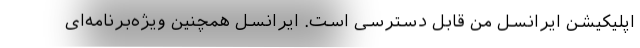
اپلیکیشن ایرانسل من قابل دسترسی است. ایرانسل همچنین ویژه‌برنامه‌ای